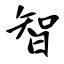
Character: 智